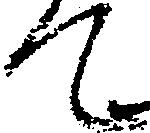
て